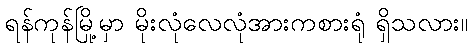
ရန်ကုန်မြို့မှာ မိုးလုံလေလုံအားကစားရုံ ရှိသလား။